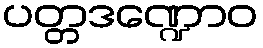
ပတ္တဒဏ္ဍောဝ